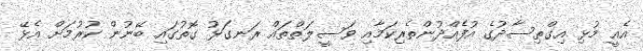
އެއީ މުޅި އިގްތިސާދުގެ އުފެއްދުންތެރިކަމާއި ވަސީލަތްތައް ރަނގަޅު ގޮތުގައި ބޭނުން ކުރުމަށް އެޅޭ